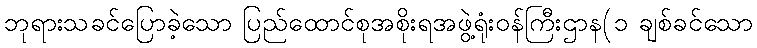
ဘုရားသခင်ပြောခဲ့သော ပြည်ထောင်စုအစိုးရအဖွဲ့ရုံးဝန်ကြီးဌာန(၁ ချစ်ခင်သော